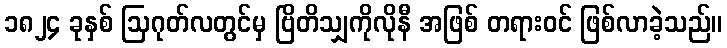
၁၈၂၄ ခုနှစ် ဩဂုတ်လတွင်မှ ဗြိတိသျှကိုလိုနီ အဖြစ် တရားဝင် ဖြစ်လာခဲ့သည်။